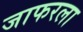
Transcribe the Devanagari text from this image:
जाफरला